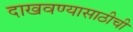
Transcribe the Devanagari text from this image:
दाखवण्यासाठीची